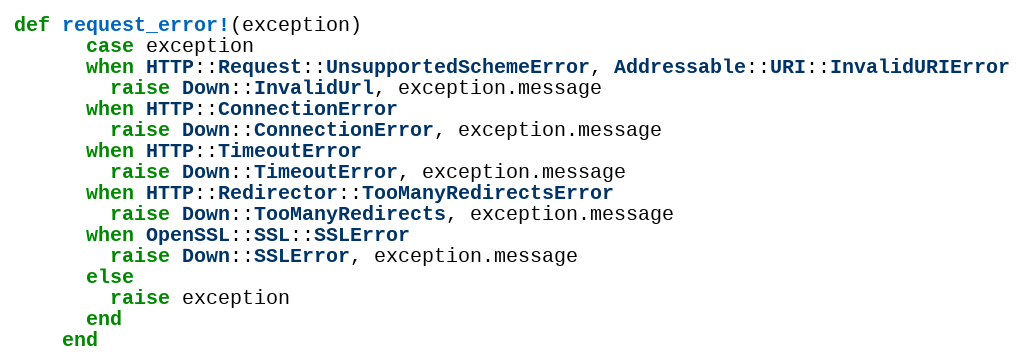
Language: Ruby
def request_error!(exception)
      case exception
      when HTTP::Request::UnsupportedSchemeError, Addressable::URI::InvalidURIError
        raise Down::InvalidUrl, exception.message
      when HTTP::ConnectionError
        raise Down::ConnectionError, exception.message
      when HTTP::TimeoutError
        raise Down::TimeoutError, exception.message
      when HTTP::Redirector::TooManyRedirectsError
        raise Down::TooManyRedirects, exception.message
      when OpenSSL::SSL::SSLError
        raise Down::SSLError, exception.message
      else
        raise exception
      end
    end